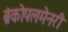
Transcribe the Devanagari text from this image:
ब्रंकोपलमेनरी